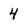
Character: 4